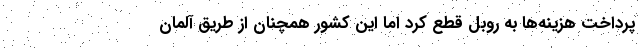
پرداخت هزینه‌ها به روبل قطع کرد اما این کشور همچنان از طریق آلمان